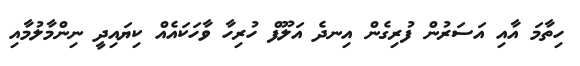
ހިތާމަ އާއި އަސަރުން ފުރިގެން އިނދެ އަލޫފް ހުރިހާ ވާހަކައެއް ކިޔައިދީ ނިންމާލުމާއި